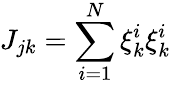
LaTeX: J_{jk}=\sum_{i=1}^{N}\xi_{k}^{i}\xi_{k}^{i}